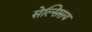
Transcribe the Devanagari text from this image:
सेल्सिसय